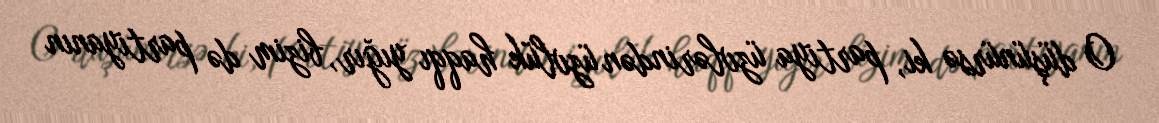
O düşünürsə ki, partiya üzvlərindən üzvlük haqqı yığır, bizim də partiyanın